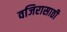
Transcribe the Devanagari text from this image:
वजिरासाठी